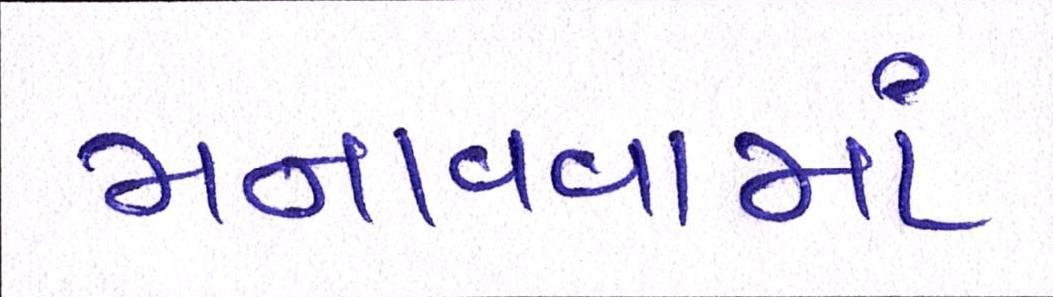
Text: મનાવવામાં